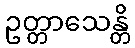
ဥတ္တာသေန္တိ